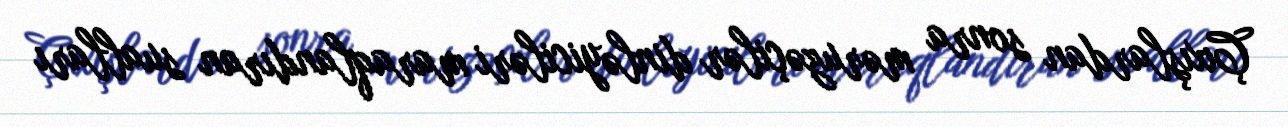
Çıxışlardan sonra məruzəçilər dinləyiciləri maraqlandıran sualları